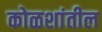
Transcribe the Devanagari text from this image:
कोळशांतील